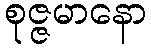
စုဇ္ဇမာနော